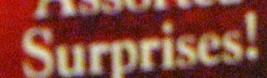
Surprises!